Civil Veterinary Department Bengal reports 1933-51 - 1933-1951
Year: 1933
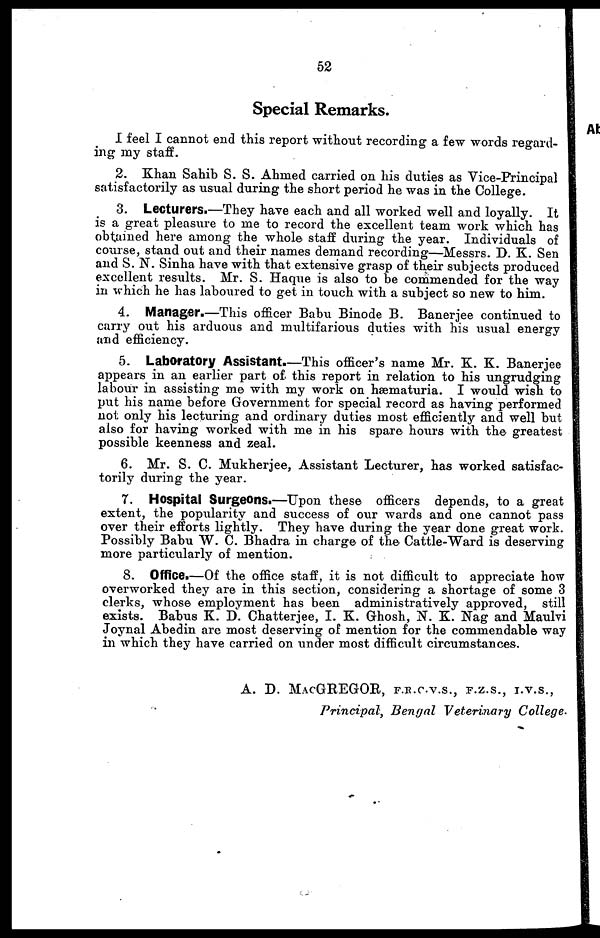
52
Special Remarks.
I feel I cannot end this report without recording a few words regard-
ing my staff.
2. Khan Sahib S. S. Ahmed carried on his duties as Vice-Principal
satisfactorily as usual during the short period he was in the College.
3. Lecturers.—They have each and all worked well and loyally. It
is a great pleasure to me to record the excellent team work which has
obtained here among the whole staff during the year. Individuals of
course, stand out and their names demand recording—Messrs. D. K. Sen
and S.N. Sinha have with that extensive grasp of their subjects produced
excellent results. Mr. S. Haque is also to be commended for the way
in which he has laboured to get in touch with a subject so new to him.
4. Manager.—This officer Babu Binode B. Banerjee continued to
carry out his arduous and multifarious duties with his usual energy
and efficiency.
5. Laboratory Assistant.—This officer's name Mr. K. K. Banerjee
appears in an earlier part of this report in relation to his ungrudging
labour in assisting me with my work on hæmaturia. I would wish to
put his name before Government for special record as having performed
not only his lecturing and ordinary duties most efficiently and well but
also for having worked with me in his spare hours with the greatest
possible keenness and zeal.
6. Mr. S. C. Mukherjee, Assistant Lecturer, has worked satisfac-
torily during the year.
7. Hospital Surgeons.—Upon these officers depends, to a great
extent, the popularity and success of our wards and one cannot pass
over their efforts lightly. They have during the year done great work.
Possibly Babu W. C. Bhadra in charge of the Cattle-Ward is deserving
more particularly of mention.
8. Office.—Of the office staff, it is not difficult to appreciate how
overworked they are in this section, considering a shortage of some 3
clerks, whose employment has been administratively approved, still
exists. Babus K. D. Chatterjee, I. K. Ghosh, N. K. Nag and Maulvi
Joynal Abedin are most deserving of mention for the commendable way
in which they have carried on under most difficult circumstances.
A. D. MACGKEGOR, F.R.C.V.S., F.Z.S., I.V.S.,
Principal, Bengal Veterinary
College.